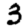
Digit: 3